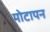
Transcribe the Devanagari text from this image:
मोटापन